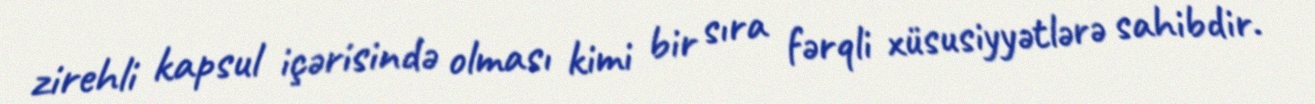
zirehli kapsul içərisində olması kimi bir sıra fərqli xüsusiyyətlərə sahibdir.